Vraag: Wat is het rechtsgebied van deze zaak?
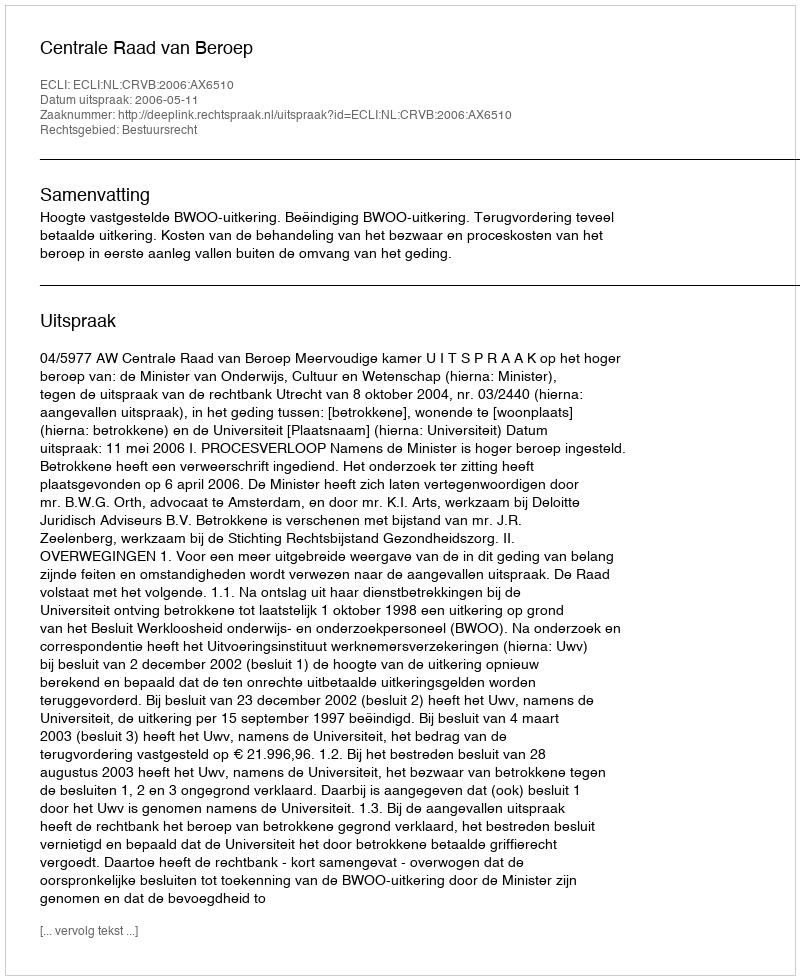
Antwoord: Bestuursrecht